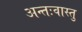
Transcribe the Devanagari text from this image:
अन्तःवास्तु